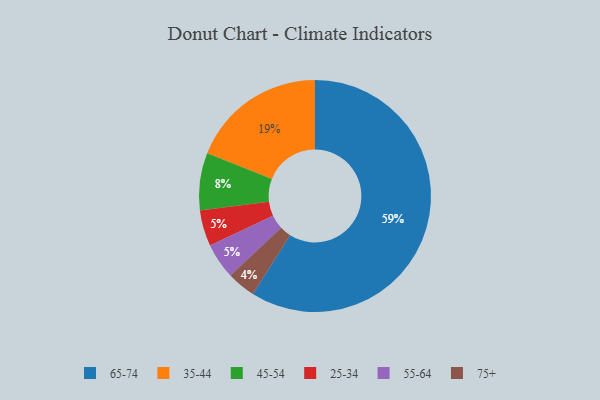
{"axis": {"x": "Category", "y": "Percentage"}, "legend": ["25-34", "35-44", "45-54", "55-64", "65-74", "75+"], "data": [{"x": "75+", "y": 4, "type": "75+"}, {"x": "25-34", "y": 5, "type": "25-34"}, {"x": "65-74", "y": 59, "type": "65-74"}, {"x": "35-44", "y": 19, "type": "35-44"}, {"x": "55-64", "y": 5, "type": "55-64"}, {"x": "45-54", "y": 8, "type": "45-54"}]}